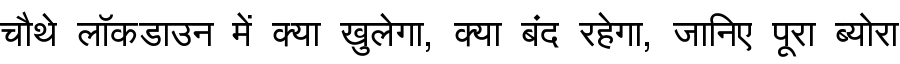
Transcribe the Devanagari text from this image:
चौथे लॉकडाउन में क्या खुलेगा, क्या बंद रहेगा, जानिए पूरा ब्योरा